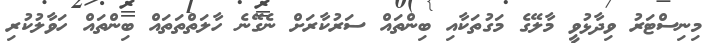
މިނިސްޓަރު ވިދާޅުވީ މާލޭގެ މަގުތަކާއި ބިންތައް ސަރުކާރަށް ނެގޭނެ ހާލަތްތަތައް ބިންތައް ހަވާލުކުރި